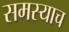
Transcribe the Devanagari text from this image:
समस्याच